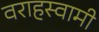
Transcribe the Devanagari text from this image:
वराहस्‍वामी